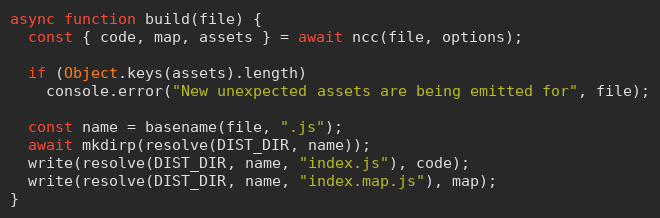
Language: JavaScript
async function build(file) {
  const { code, map, assets } = await ncc(file, options);

  if (Object.keys(assets).length)
    console.error("New unexpected assets are being emitted for", file);

  const name = basename(file, ".js");
  await mkdirp(resolve(DIST_DIR, name));
  write(resolve(DIST_DIR, name, "index.js"), code);
  write(resolve(DIST_DIR, name, "index.map.js"), map);
}